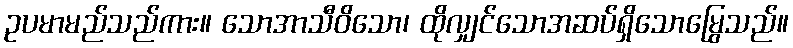
ဥပမာမည်သည်ကား။ သောအာသီဝိသော၊ ထိုလျှင်သောအဆပ်ရှိသောမြွေသည်။